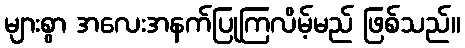
များစွာ အလေးအနက်ပြုကြလိမ့်မည် ဖြစ်သည်။